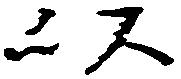
以